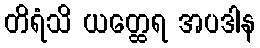
တိရံသိ ယတ္ထေရ အပဒါန